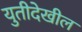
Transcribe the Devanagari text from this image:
युतीदेखील